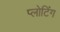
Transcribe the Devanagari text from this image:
प्लोटिंग